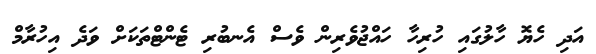
އަދި ހެޔޮ ހާލުގައި ހުރިހާ ހައްޖުވެރިން ވެސް އެނބުރި ޓެންޓްތަކަށް ވަދެ އިހުރާމް